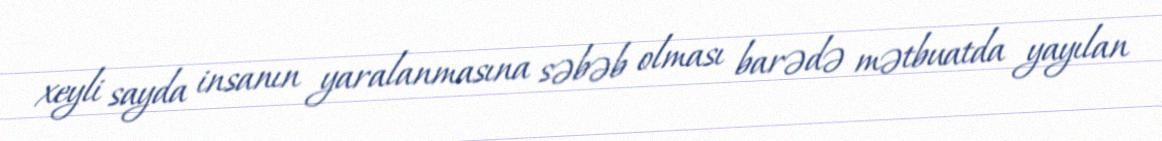
xeyli sayda insanın yaralanmasına səbəb olması barədə mətbuatda yayılan